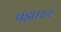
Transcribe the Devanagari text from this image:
पड़ा।२२